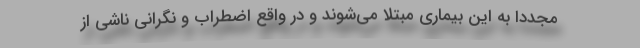
مجددا به این بیماری مبتلا می‌شوند و در واقع اضطراب و نگرانی ناشی از